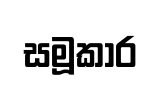
සමූකාර